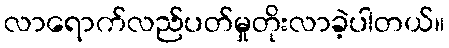
လာရောက်လည်ပတ်မှုတိုးလာခဲ့ပါတယ်။